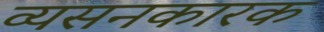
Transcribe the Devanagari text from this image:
व्यसनकारक